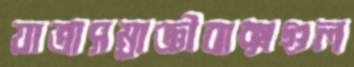
যাত্রাসম্রাজ্ঞীবাক্সগুল